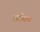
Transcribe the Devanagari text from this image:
अर्हतन